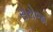
સરોજા